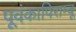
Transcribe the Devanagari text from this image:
पूवंकापिराम्बू